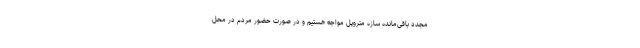
مجدد باقی‌مانده سازه متروپل مواجه هستیم و در صورت حضور مردم در محل